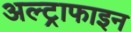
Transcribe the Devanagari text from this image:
अल्ट्राफाइन